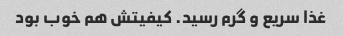
غذا سریع و گرم رسید. کیفیتش هم خوب بود